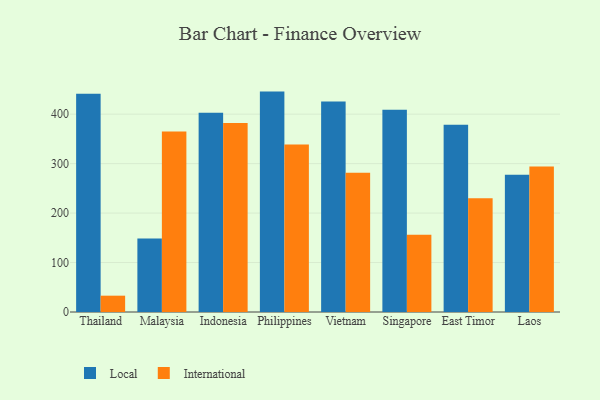
{"axis": {"x": "Country", "y": "Population (Million)"}, "legend": ["International", "Local"], "data": [{"x": "Thailand", "y": 441.1, "type": "Local"}, {"x": "Thailand", "y": 33.0, "type": "International"}, {"x": "Malaysia", "y": 148.8, "type": "Local"}, {"x": "Malaysia", "y": 364.7, "type": "International"}, {"x": "Indonesia", "y": 402.8, "type": "Local"}, {"x": "Indonesia", "y": 382.2, "type": "International"}, {"x": "Philippines", "y": 445.6, "type": "Local"}, {"x": "Philippines", "y": 338.8, "type": "International"}, {"x": "Vietnam", "y": 425.4, "type": "Local"}, {"x": "Vietnam", "y": 281.7, "type": "International"}, {"x": "Singapore", "y": 409.0, "type": "Local"}, {"x": "Singapore", "y": 156.2, "type": "International"}, {"x": "East Timor", "y": 378.7, "type": "Local"}, {"x": "East Timor", "y": 230.0, "type": "International"}, {"x": "Laos", "y": 277.4, "type": "Local"}, {"x": "Laos", "y": 294.3, "type": "International"}]}